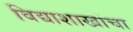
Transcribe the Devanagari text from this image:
विद्याशाखांचा